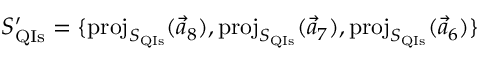
S _ { \mathrm { Q I s } } ^ { \prime } = \{ \mathrm { p r o j } _ { S _ { \mathrm { Q I s } } } ( \vec { a } _ { 8 } ) , \mathrm { p r o j } _ { S _ { \mathrm { Q I s } } } ( \vec { a } _ { 7 } ) , \mathrm { p r o j } _ { S _ { \mathrm { Q I s } } } ( \vec { a } _ { 6 } ) \}